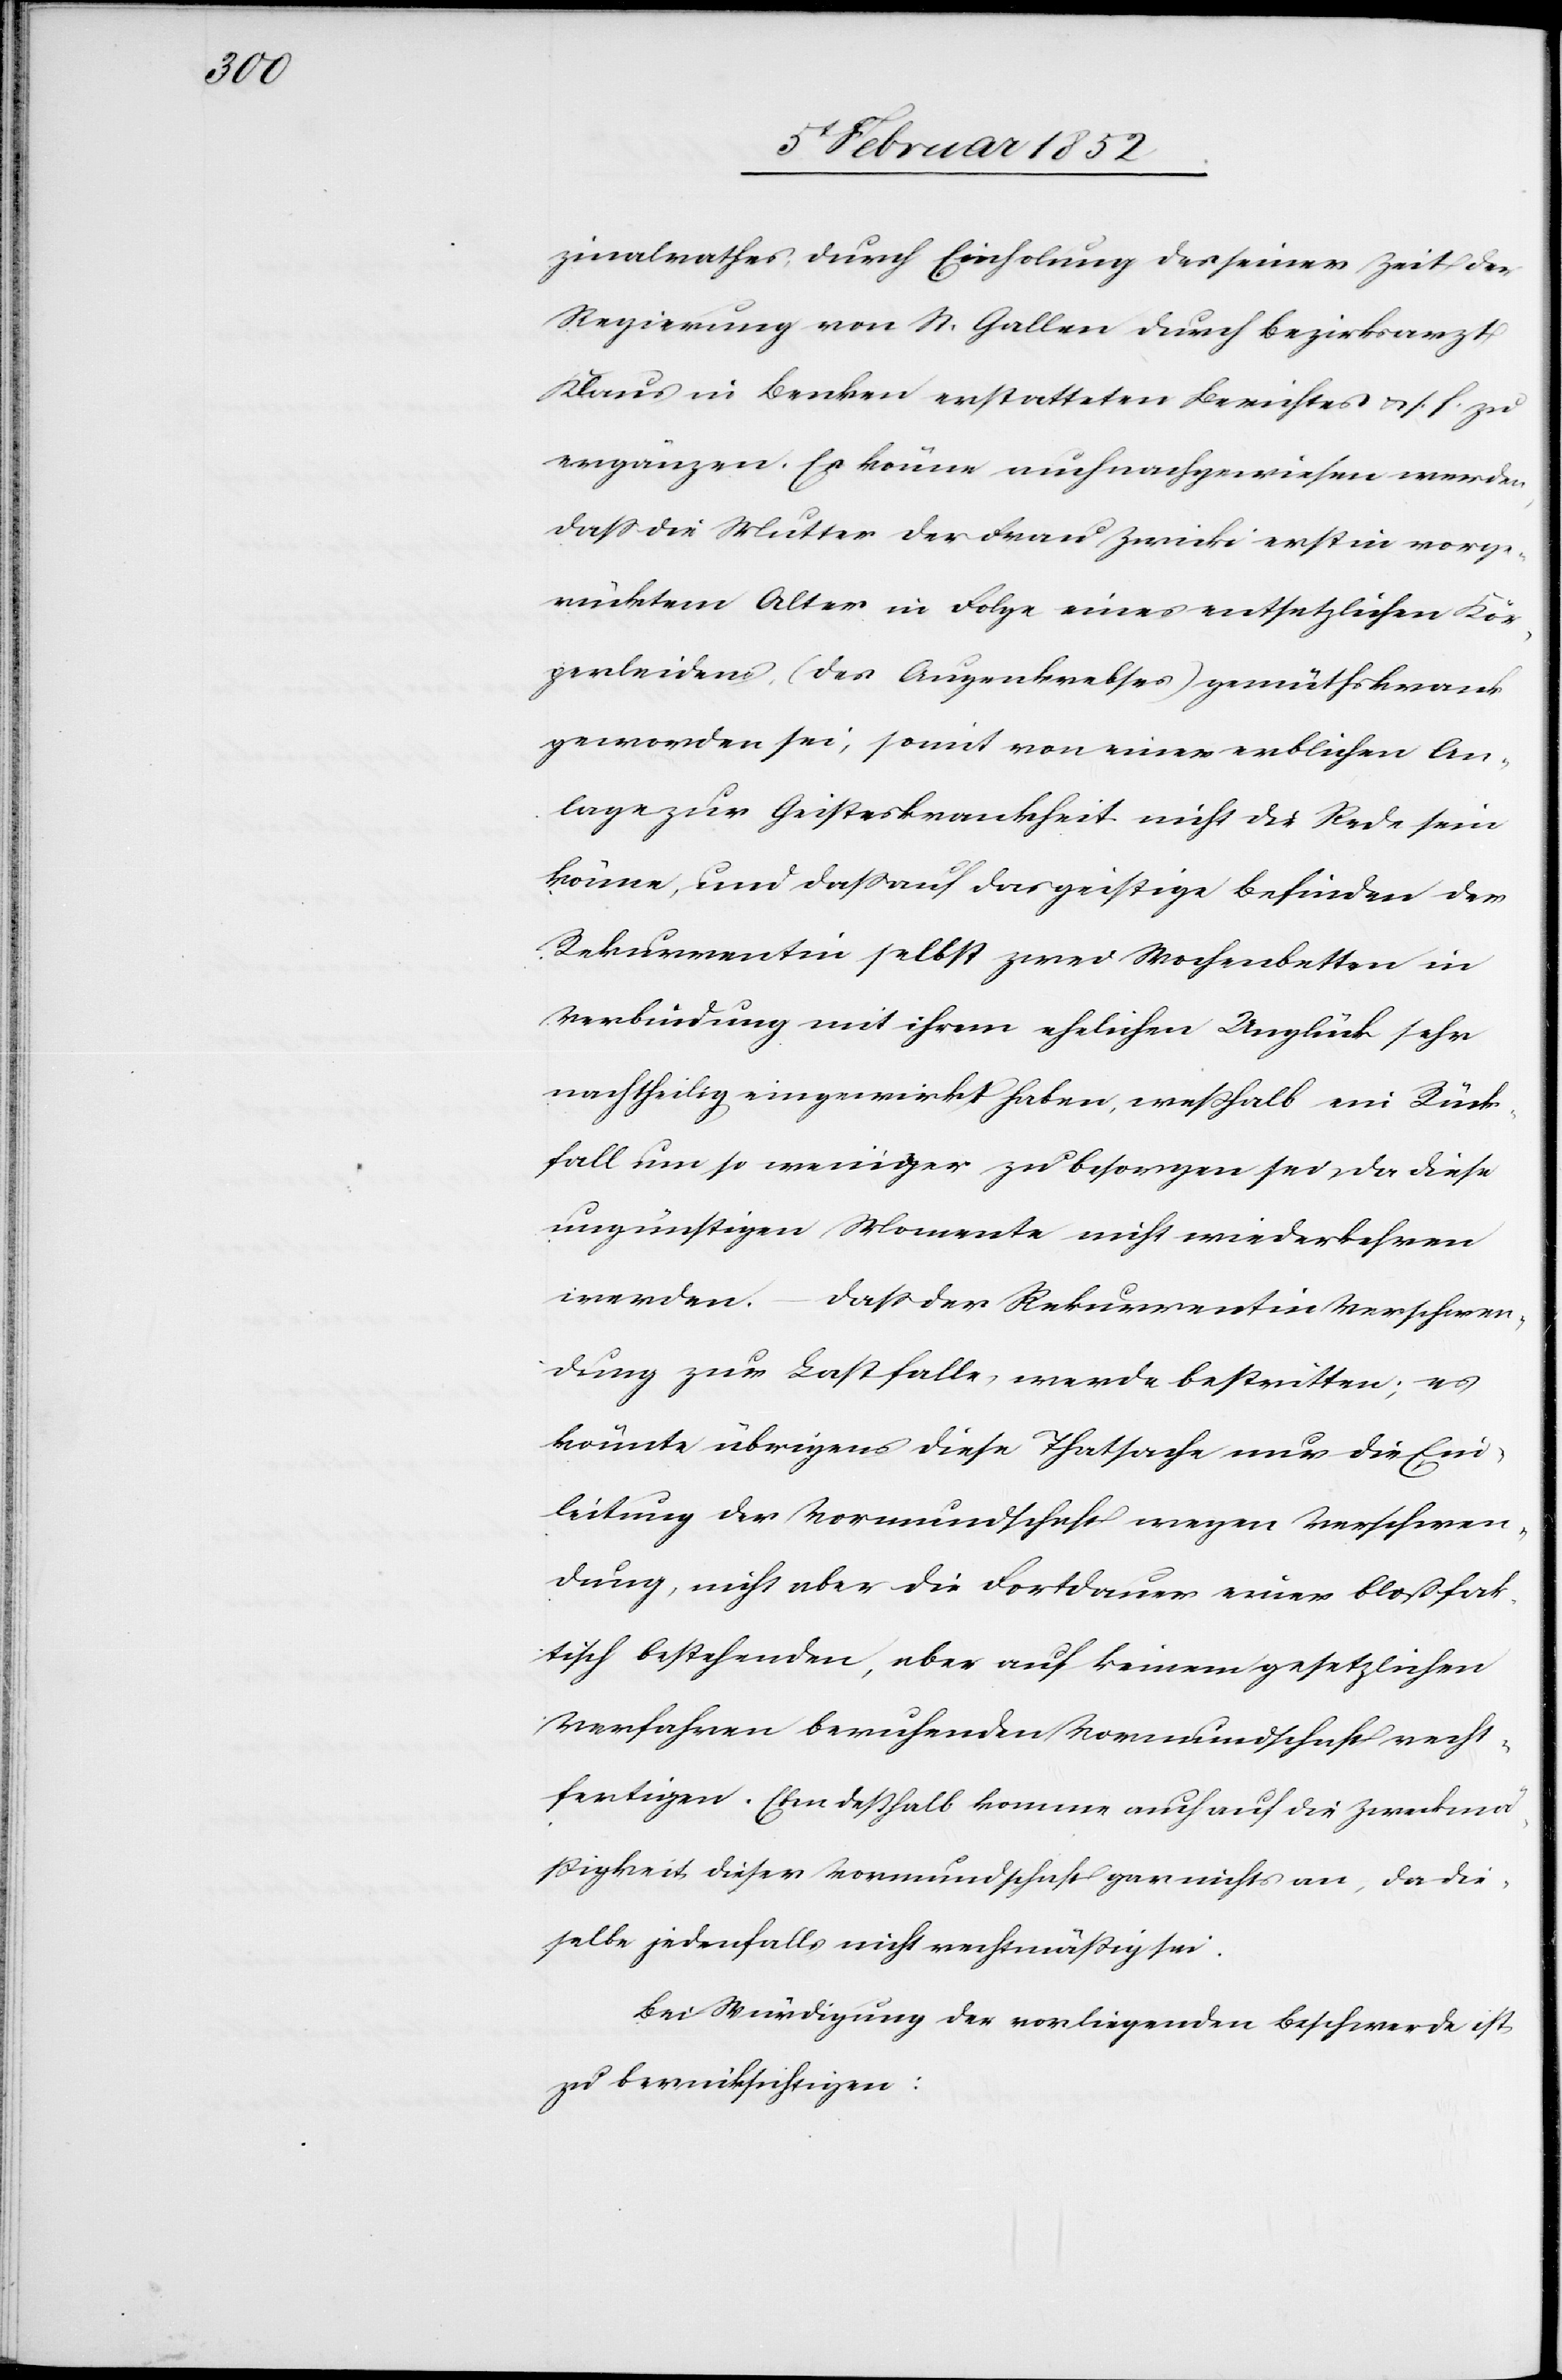
zinalrates durch Einholung des seiner Zeit der
Regierung von St. Gallen durch Bezirksarzt
Klaus in Benken erstatteten Berichtes u. s. f. zu
ergänzen. Es könne auch nachgewiesen werden,
daß die Mutter der Frau Zwicki erst in vorge¬
rücktem Alter in Folge eines entsetzlichen Kör¬
perleidens (des Augenkrebses) gemüthskrank
geworden sei, somit von einer erblichen An¬
lage zur Geisteskrankheit nicht die Rede sein
könne, und daß auf das geistige Befinden der
Rekurrentin selbst zwei Wochenbetten in
Verbindung mit ihrem ehelichen Unglück sehr
nachtheilig eingewirkt haben, weßhalb ein Rück¬
fall um so weniger zu besorgen sei, da diese
ungünstigen Momente nicht wiederkehren
werden. – Daß der Rekurrentin Verschwen¬
dung zur Last falle, werde bestritten; es
könnte übrigens diese Thatsache nur die Ein¬
leitung der Vormundschaft wegen Verschwen¬
dung, nicht aber die Fortdauer einer bloß fak¬
tisch bestehenden, aber auf keinem gesetzlichen
Verfahren beruhenden Vormundschaft recht¬
fertigen. Eben deßhalb komme auch auf die Zweckmä¬
ßigkeit dieser Vormundschaft gar nichts an, da die¬
selbe jedenfalls nicht rechtmäßig sei.
Bei Würdigung der vorliegenden Beschwerde ist
zu berücksichtigen: